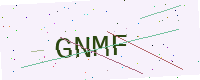
Text: GNMF